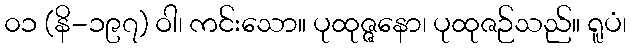
၀၁ (နိ-၁၉၇) ဝါ၊ ကင်းသော။ ပုထုဇ္ဇနော၊ ပုထုဇဉ်သည်။ ရူပံ၊